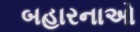
બહારનાઓ